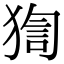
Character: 𤟼